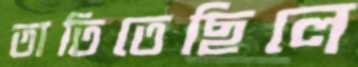
তাতিতেছিলে